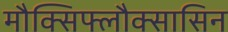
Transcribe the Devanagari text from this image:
मौक्सिफ्लौक्सासिन